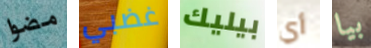
مضوا غضبي بيليك أي بيا